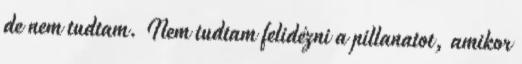
de nem tudtam. Nem tudtam felidézni a pillanatot, amikor